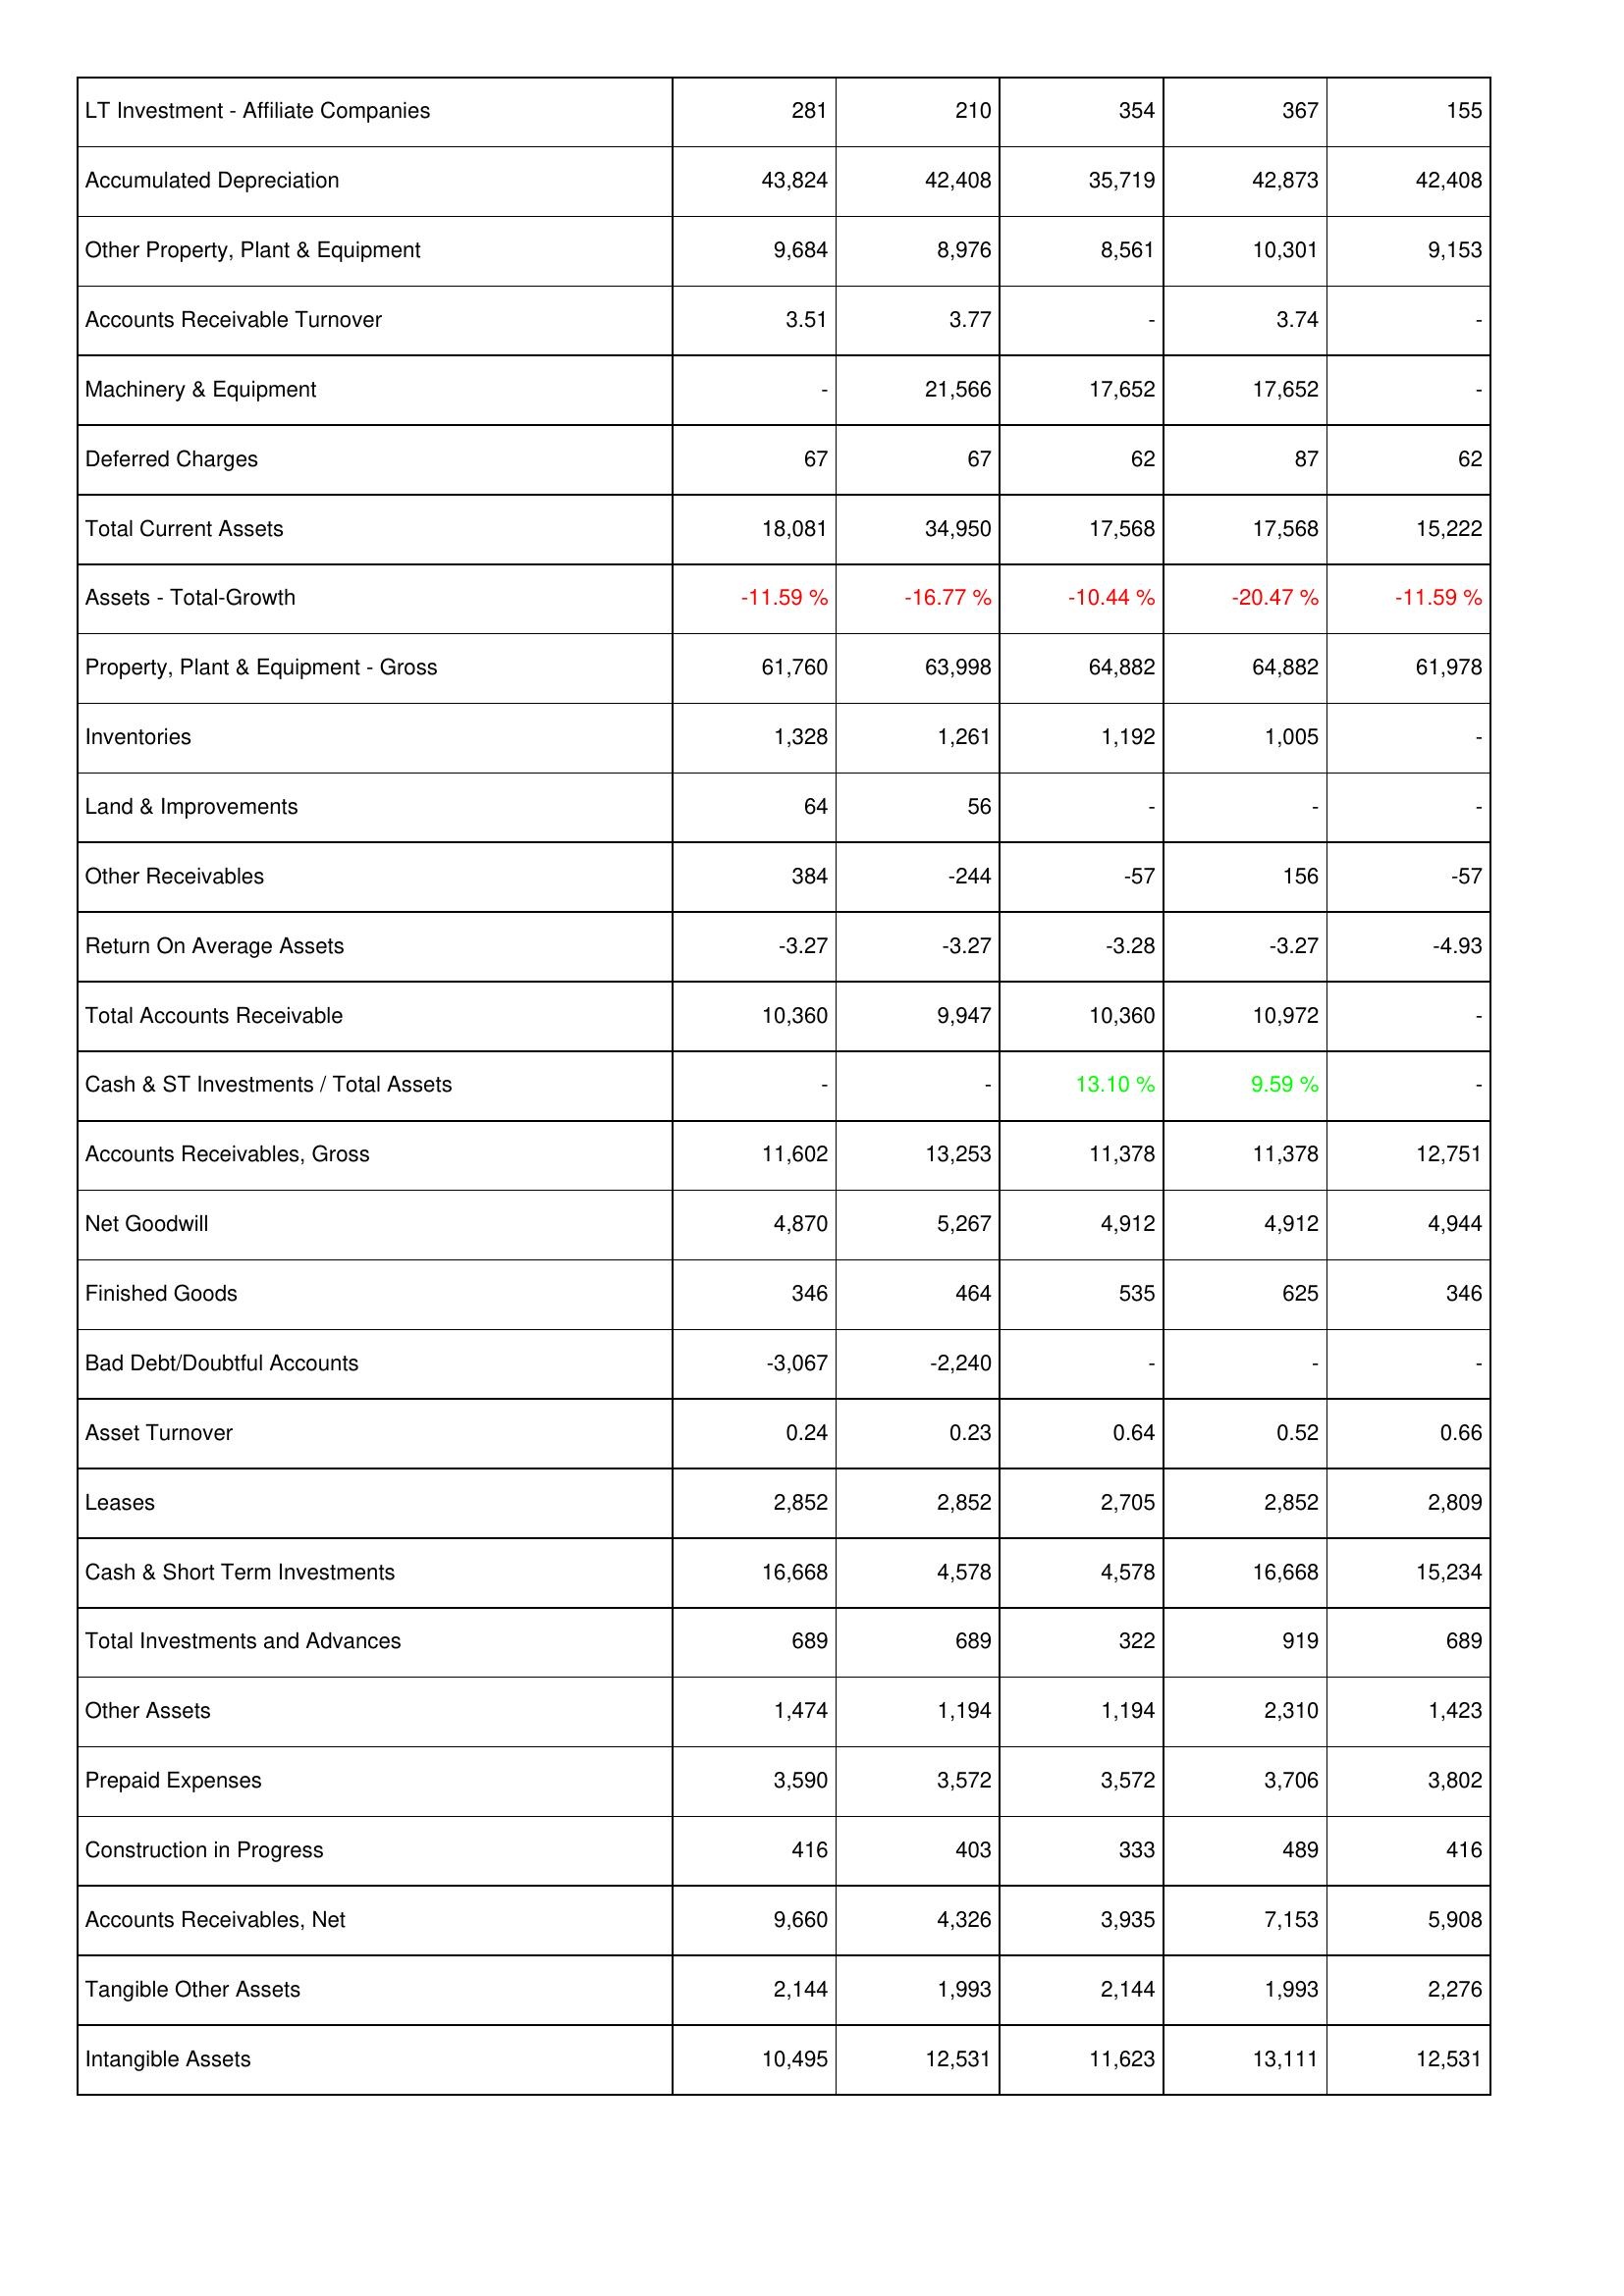
2017: Assets: LT Investment - Affiliate Companies: 281
Accumulated Depreciation: 43,824
Other Property, Plant & Equipment: 9,684
Accounts Receivable Turnover: 3.51
Machinery & Equipment: -
Deferred Charges: 67
Total Current Assets: 18,081
Assets - Total-Growth: -11.59 %
Property, Plant & Equipment - Gross: 61,760
Inventories: 1,328
Land & Improvements: 64
Other Receivables: 384
Return On Average Assets: -3.27
Total Accounts Receivable: 10,360
Cash & ST Investments / Total Assets: -
Accounts Receivables, Gross: 11,602
Net Goodwill: 4,870
Finished Goods: 346
Bad Debt/Doubtful Accounts: -3,067
Asset Turnover: 0.24
Leases: 2,852
Cash & Short Term Investments: 16,668
Total Investments and Advances: 689
Other Assets: 1,474
Prepaid Expenses: 3,590
Construction in Progress: 416
Accounts Receivables, Net: 9,660
Tangible Other Assets: 2,144
Intangible Assets: 10,495
2018: Assets: LT Investment - Affiliate Companies: 210
Accumulated Depreciation: 42,408
Other Property, Plant & Equipment: 8,976
Accounts Receivable Turnover: 3.77
Machinery & Equipment: 21,566
Deferred Charges: 67
Total Current Assets: 34,950
Assets - Total-Growth: -16.77 %
Property, Plant & Equipment - Gross: 63,998
Inventories: 1,261
Land & Improvements: 56
Other Receivables: -244
Return On Average Assets: -3.27
Total Accounts Receivable: 9,947
Cash & ST Investments / Total Assets: -
Accounts Receivables, Gross: 13,253
Net Goodwill: 5,267
Finished Goods: 464
Bad Debt/Doubtful Accounts: -2,240
Asset Turnover: 0.23
Leases: 2,852
Cash & Short Term Investments: 4,578
Total Investments and Advances: 689
Other Assets: 1,194
Prepaid Expenses: 3,572
Construction in Progress: 403
Accounts Receivables, Net: 4,326
Tangible Other Assets: 1,993
Intangible Assets: 12,531
2019: Assets: LT Investment - Affiliate Companies: 354
Accumulated Depreciation: 35,719
Other Property, Plant & Equipment: 8,561
Accounts Receivable Turnover: -
Machinery & Equipment: 17,652
Deferred Charges: 62
Total Current Assets: 17,568
Assets - Total-Growth: -10.44 %
Property, Plant & Equipment - Gross: 64,882
Inventories: 1,192
Land & Improvements: -
Other Receivables: -57
Return On Average Assets: -3.28
Total Accounts Receivable: 10,360
Cash & ST Investments / Total Assets: 13.10 %
Accounts Receivables, Gross: 11,378
Net Goodwill: 4,912
Finished Goods: 535
Bad Debt/Doubtful Accounts: -
Asset Turnover: 0.64
Leases: 2,705
Cash & Short Term Investments: 4,578
Total Investments and Advances: 322
Other Assets: 1,194
Prepaid Expenses: 3,572
Construction in Progress: 333
Accounts Receivables, Net: 3,935
Tangible Other Assets: 2,144
Intangible Assets: 11,623
2020: Assets: LT Investment - Affiliate Companies: 367
Accumulated Depreciation: 42,873
Other Property, Plant & Equipment: 10,301
Accounts Receivable Turnover: 3.74
Machinery & Equipment: 17,652
Deferred Charges: 87
Total Current Assets: 17,568
Assets - Total-Growth: -20.47 %
Property, Plant & Equipment - Gross: 64,882
Inventories: 1,005
Land & Improvements: -
Other Receivables: 156
Return On Average Assets: -3.27
Total Accounts Receivable: 10,972
Cash & ST Investments / Total Assets: 9.59 %
Accounts Receivables, Gross: 11,378
Net Goodwill: 4,912
Finished Goods: 625
Bad Debt/Doubtful Accounts: -
Asset Turnover: 0.52
Leases: 2,852
Cash & Short Term Investments: 16,668
Total Investments and Advances: 919
Other Assets: 2,310
Prepaid Expenses: 3,706
Construction in Progress: 489
Accounts Receivables, Net: 7,153
Tangible Other Assets: 1,993
Intangible Assets: 13,111
2021: Assets: LT Investment - Affiliate Companies: 155
Accumulated Depreciation: 42,408
Other Property, Plant & Equipment: 9,153
Accounts Receivable Turnover: -
Machinery & Equipment: -
Deferred Charges: 62
Total Current Assets: 15,222
Assets - Total-Growth: -11.59 %
Property, Plant & Equipment - Gross: 61,978
Inventories: -
Land & Improvements: -
Other Receivables: -57
Return On Average Assets: -4.93
Total Accounts Receivable: -
Cash & ST Investments / Total Assets: -
Accounts Receivables, Gross: 12,751
Net Goodwill: 4,944
Finished Goods: 346
Bad Debt/Doubtful Accounts: -
Asset Turnover: 0.66
Leases: 2,809
Cash & Short Term Investments: 15,234
Total Investments and Advances: 689
Other Assets: 1,423
Prepaid Expenses: 3,802
Construction in Progress: 416
Accounts Receivables, Net: 5,908
Tangible Other Assets: 2,276
Intangible Assets: 12,531